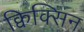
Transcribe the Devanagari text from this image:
क्विक्सिन